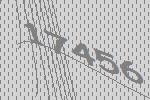
17456